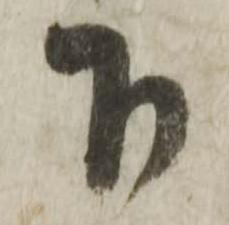
下